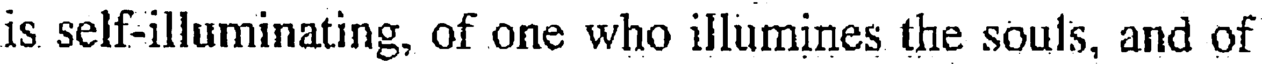
is self-illuminating, of one who illumines the souls, and of